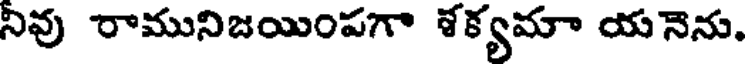
నివు రామునిజయింపగా శక్యమా యనెను,